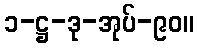
၁-ဋ္ဌ-ဒု-အုပ်-၉၀။